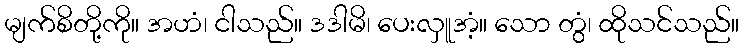
မျက်စိတို့ကို။ အဟံ၊ ငါသည်။ ဒဒါမိ၊ ပေးလှူအံ့။ သော တွံ၊ ထိုသင်သည်။